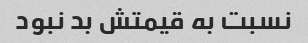
نسبت به قیمتش بد نبود